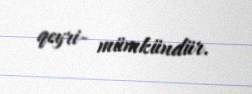
qeyri- mümkündür.